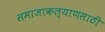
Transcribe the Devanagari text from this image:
समाजाकल्याणसाठी